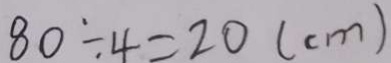
8 0 \div 4 = 2 0 ( c m )